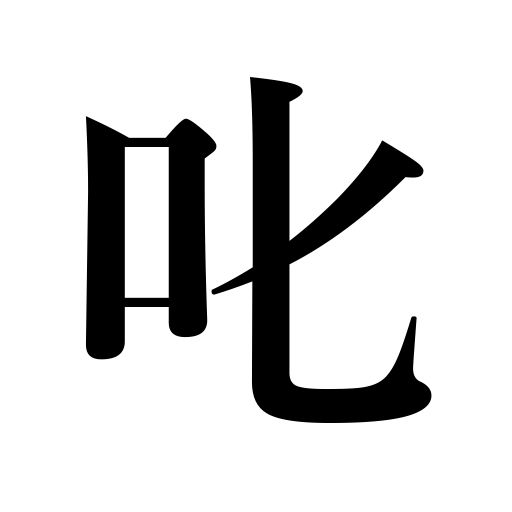
Meanings: reprove,scold